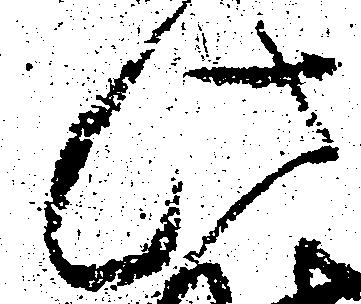
此